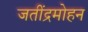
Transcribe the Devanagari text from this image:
जतींद्रमोहन